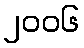
၂၀၀၆